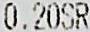
0.20SR